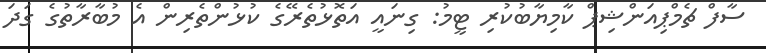
ސާފް ޗެމްޕިއަންޝިޕް ކާމިޔާބުކުރި ޓީމު: ގިނައީ އަތޮޅުތެރޭގެ ކުޅުންތެރިން އެ މުބާރާތުގެ ގަދަ